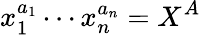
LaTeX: x_{1}^{a_{1}}\cdots x_{n}^{a_{n}}=X^{A}